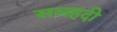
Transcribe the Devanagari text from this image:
सलहदी